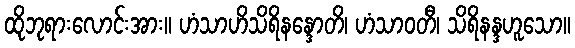
ထိုဘုရားလောင်းအား။ ဟံသာဟိသိရိနန္ဒောတိ၊ ဟံသာဝတီ၊ သိရိနန္ဒဟူသော။